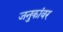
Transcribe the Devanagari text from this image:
जनुकांवर